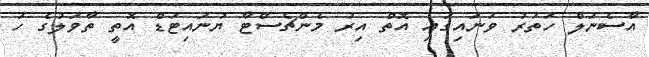
އާސެނަލް ހަތަރު ވަނައިގައި އޮތް އިރު މެންޗެސްޓާ ޔުނައިޓަޑް އޮތީ ތާވަލުގެ ހަ